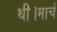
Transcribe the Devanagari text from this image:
थी।मार्च